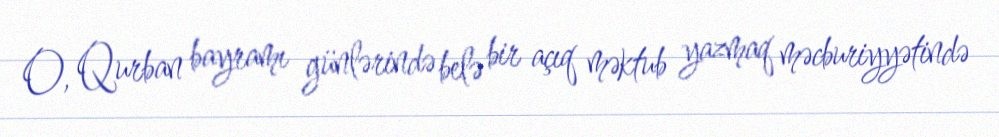
O, Qurban bayramı günlərində belə bir açıq məktub yazmaq məcburiyyətində